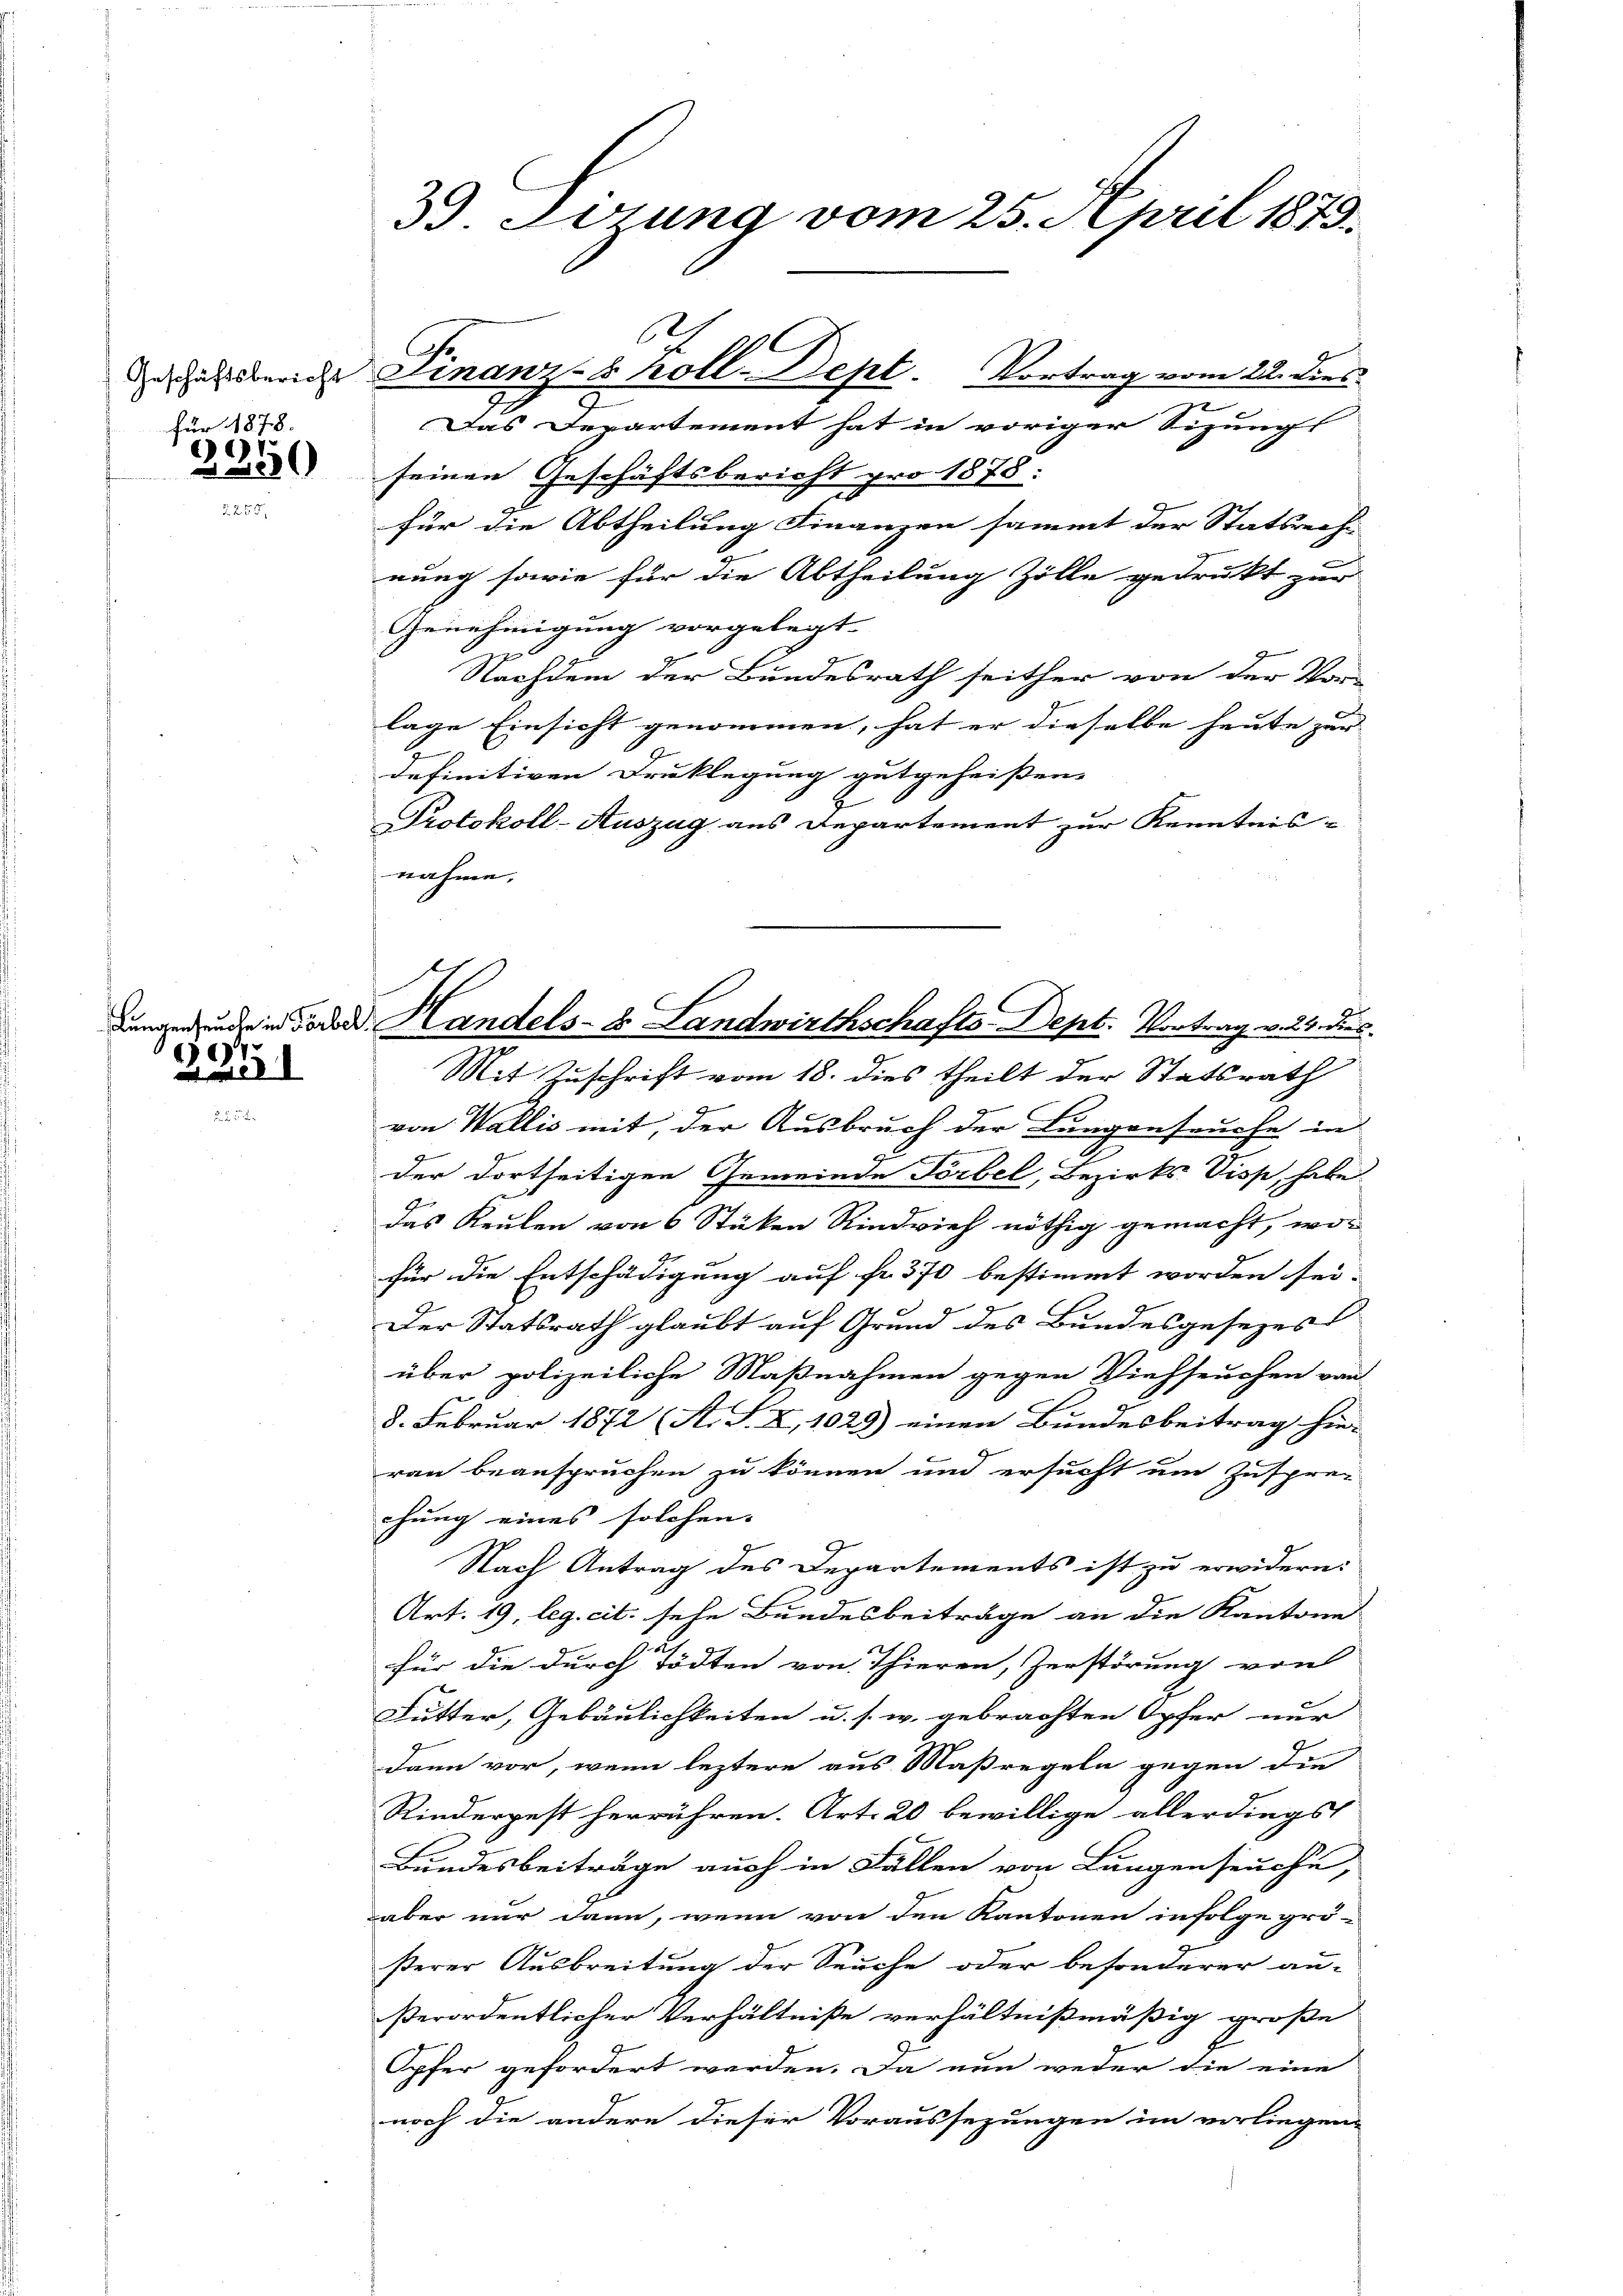
für 1878.
1.

2 500

697.
I

3. Errung vom 25. April 1873.

l
daurer Finanz-8 Koll-Dept. Vortrag vom 22. Dies
Das Departement hat in voriger Sizung
seinen Geschäftsbericht pro 1878:
für die Abtheilung Finanzen sammt der Statsrechnung sowie für die Abtheilung Zölle gedrukt zur
Genehmigung vorgelegt.
Nachdem der Bundesrath seither von der Vor-
lage Einsicht genommen, hat er dieselbe heute zur |
definitiven Druklegung gutgeheißen.
Protokoll-Auszug aus Departement zur Kenntnis-
nahme,
Mit Zuschrift vom 18. dies theilt der Statsrath
von Wallis mit, der Ausbruch der Lungenseuche in
der dortseitigen Gemeinde Förbel, Bezirks Disse, habe.
das Keulen von 6 Stücken Rindvieh nöthig gemacht, wofür die Entschädigung auf fr. 370 bestimmt worden sei.
Der Statsrath glaubt auf Grund des Bundesgesezes
über polizeiliche Maßnahmen gegen Viehseuchen von
8. Februar 1872 (S. S. X, 1025) einen Bundesbeitrag hie-
ran beanspruchen zu können und ersucht um Zusprec
hung eines solchen. |
Nach Antrag des Departements ist zu erwidern:
Art. 19, leg. cit. sehe Bundesbeiträge an die Kantone
für die durch Tödten von Thieren, Zerstörung von
Futter, Gebäulichkeiten u. s. w. gebrachten Opfer nur
dann vor, wenn leztere aus Maßregeln gegen die
Rinderpest herrühren. Art. 20 bewillige allerdings
Bundesbeiträge auch in Fällen von Lungenseuche,
aber nur dann, wenn von den Kantonen infolge grö-
sterer Ausbreitung der Seuche oder besonderer an-
ßerordentlicher Verhältniße verhältnißmäßig große
Opfer gefordert werden. Da nun weder die eine
noch die andere dieser Voraussezungen im vorliegen,

dungen und in Todes Handels- & Landwirthschafts-Dept. Vortrag v. 24. dies